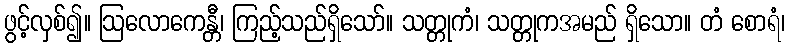
ဖွင့်လှစ်၍။ ဩလောကေန္တီ၊ ကြည့်သည်ရှိသော်။ သတ္တုကံ၊ သတ္တုကအမည် ရှိသော။ တံ စောရံ၊